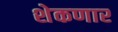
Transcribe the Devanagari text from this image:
शेकणार